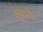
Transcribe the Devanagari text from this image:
क्लैवरिंग